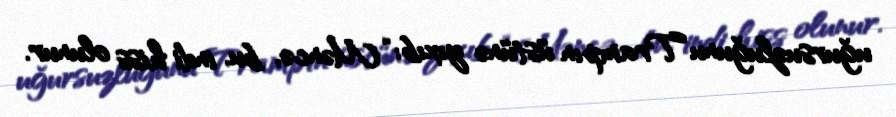
uğursuzluğunu Trampın üstünə yıxıb: “Məncə, bu, indi hiss olunur.